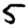
Digit: 5